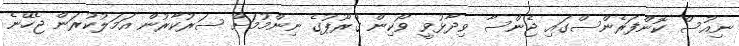
ނިއުސް ކޮންފަރެންސްގައި ޖެންސާ ވިދާޅުވީ ވޯކިން ގްރޫޕުގެ ނިންމުމަށް ސަރުކާރުން އަމަލުކުރަން ޖެހޭނެ